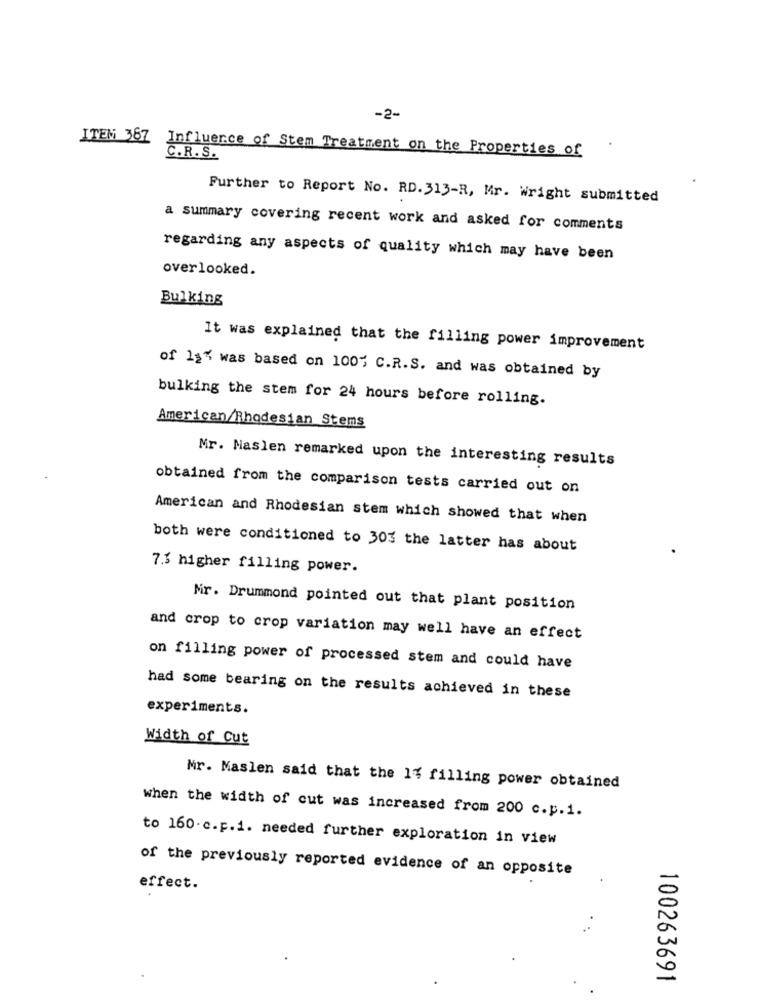
-2-
ITEM 367
Influence of Stem Treatment on the Properties of
C.R. S.
Further to Report No. RD. 313-R, Mr. Wright submitted
a summary covering recent work and asked for comments
regarding any aspects of quality which may have been
overlooked.
Bulking
It was explained that the filling power improvement
of 124 was based on 100% C.R.S. and was obtained by
bulking the stem for 24 hours before rolling.
American/Rhodesian Stems
Mr. Maslen remarked upon the interesting results
obtained from the comparison tests carried out on
American and Rhodesian stem which showed that when
both were conditioned to 303 the latter has about
7.3 higher filling power.
Mir. Drummond pointed out that plant position
and crop to crop variation may well have an effect
on filling power of processed stem and could have
had some bearing on the results achieved in these
experiments.
Width of Cut
Mr. Maslen said that the 1% filling power obtained
when the width of cut was increased from 200 c.p.1.
to 160. c.p.i. needed further exploration in view
of the previously reported evidence of an opposite
effect.
100263691